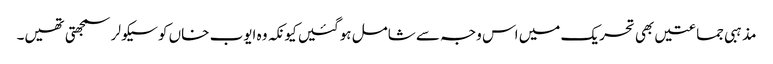
مذہبی جماعتیں بھی تحریک میں اس وجہ سے شامل ہوگئیں کیونکہ وہ ایوب خاں کو سیکولر سمجھتی تھیں۔